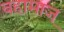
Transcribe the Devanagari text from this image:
बहामाज्